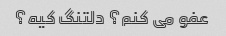
عفو می کنم؟ دلتنگ کیه؟